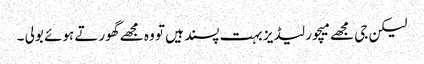
لیکن جی مجھے میچور لیڈیز بہت پسند ہیں تو وہ مجھے گھورتے ہوئے بولی ۔